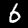
Label: 6